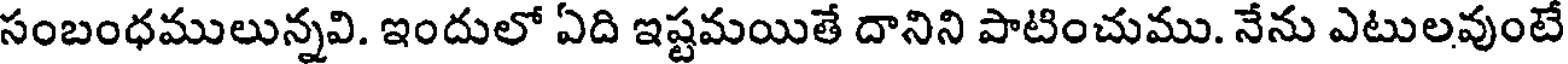
సంబంధములున్నవి. ఇందులో ఏది ఇష్టమయితే దానిని పాటించుము. నేను ఎటులవుంటే